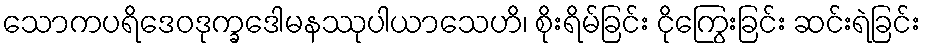
သောကပရိဒေဝဒုက္ခဒေါမနဿုပါယာသေဟိ၊ စိုးရိမ်ခြင်း ငိုကြွေးခြင်း ဆင်းရဲခြင်း